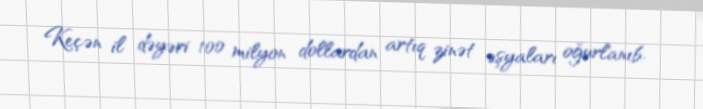
Keçən il dəyəri 100 milyon dollardan artıq zinət əşyaları oğurlanıb.